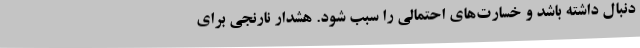
دنبال داشته باشد و خسارت‌های احتمالی را سبب شود. هشدار نارنجی برای